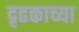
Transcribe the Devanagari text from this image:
दृढकाच्या